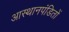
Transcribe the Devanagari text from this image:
आस्थानपंडितों